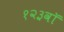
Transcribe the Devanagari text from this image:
१२३वॉ